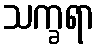
သက္ခရာ